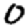
Digit: 0